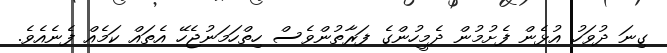
ގިނަ ދުވަހު އުޅެން ފެށުމުން ދެމީހުންގެ ފަރާތުންވެސް ހިތްހަމަނުޖެހޭ އެތައް ކަމެއް ފެނެއެވެ.